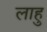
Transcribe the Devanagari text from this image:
लाहु